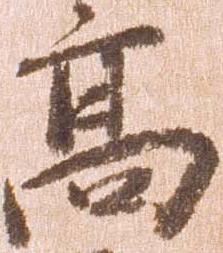
高